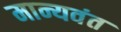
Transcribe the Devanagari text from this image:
मान्यवंत